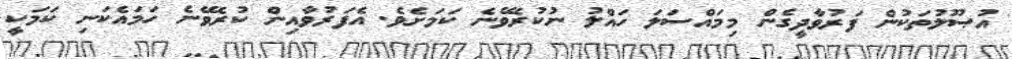
އުޞޫލުތަކުން ފަރުވާދީގެން މިމައްސަލަ ހައްލު ނުކުރެވޭނެ ކަމަށެވެ. އެފަރުވާއިން ކުރެވޭނެ ހަމައެކަނި ކަމަކީ